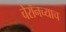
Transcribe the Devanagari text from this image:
चेरॉनच्याच